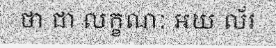
ថា ជា លក្ខណៈ អយ ល័រ